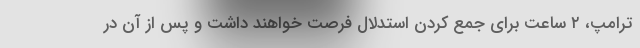
ترامپ، ۲ ساعت برای جمع کردن استدلال فرصت خواهند داشت و پس از آن در